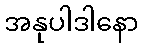
အနုပါဒါနော